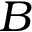
B